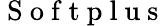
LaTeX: \mathrm{~S~o~f~t~p~l~u~s~}